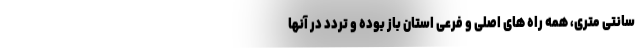
سانتی متری، همه راه های اصلی و فرعی استان باز بوده و تردد در آنها